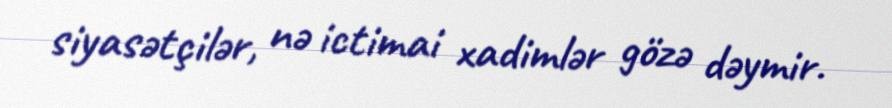
siyasətçilər, nə ictimai xadimlər gözə dəymir.